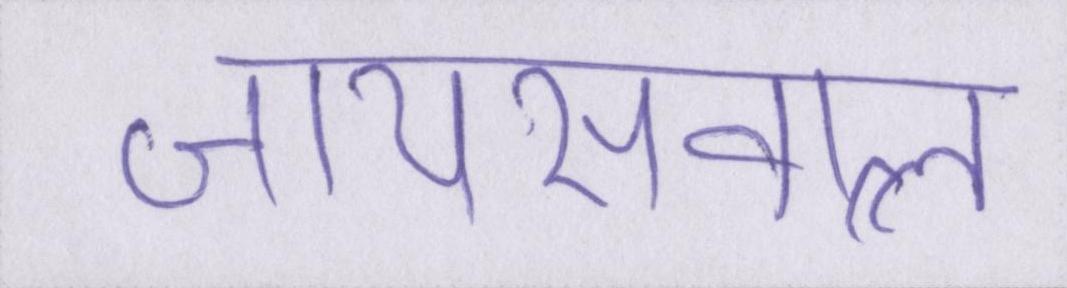
जायसवाल